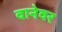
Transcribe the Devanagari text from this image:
वानेवर